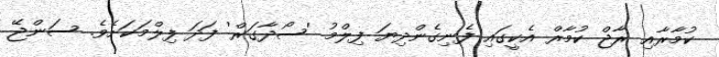
ކުމާރާއި ރާޖް ކުމާރް އެކީގައި ފެނިގެންދިޔަ ފިލްމު 'ސޯދާގަރް' ފަދަ ފިލްމަކަށެވެ. ސަންޖޭ